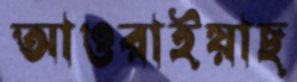
আওরাইয়াছ